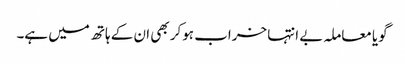
گویا معاملہ بے انتہا خراب ہوکر بھی ان کے ہاتھ میں ہے۔